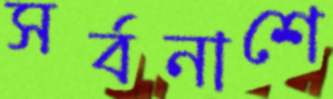
সর্বনাশে